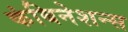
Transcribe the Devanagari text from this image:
कंबिनेशन्स